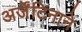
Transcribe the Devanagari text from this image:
अर्जेंटिनाने